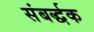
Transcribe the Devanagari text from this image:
संबर्द्धक